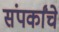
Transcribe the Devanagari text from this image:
संपर्कांचे